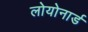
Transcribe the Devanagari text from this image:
लोयोनार्ड